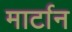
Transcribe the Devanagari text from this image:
मार्टान